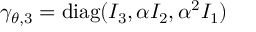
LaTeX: \gamma _ { \theta , 3 } = \mathrm { d i a g } ( I _ { 3 } , \alpha I _ { 2 } , \alpha ^ { 2 } I _ { 1 } )